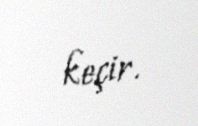
keçir.